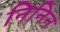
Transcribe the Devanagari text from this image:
निनिन